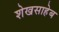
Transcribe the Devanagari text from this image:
शेखसाहेब